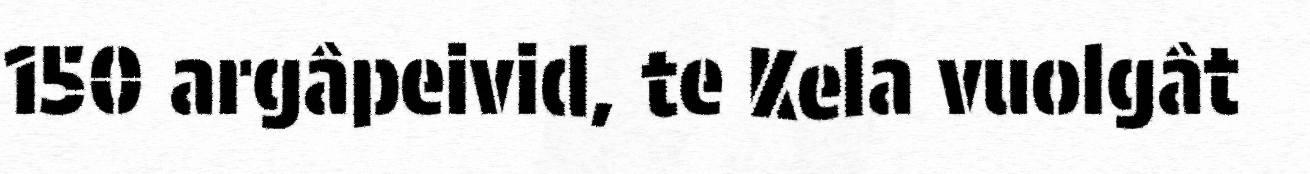
150 argâpeivid, te Kela vuolgât